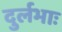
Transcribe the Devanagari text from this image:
दुर्लभाः